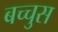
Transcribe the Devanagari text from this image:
बच्चुस